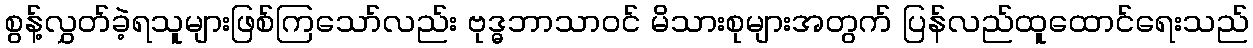
စွန့်လွှတ်ခဲ့ရသူများဖြစ်ကြသော်လည်း ဗုဒ္ဓဘာသာဝင် မိသားစုများအတွက် ပြန်လည်ထူထောင်ရေးသည်